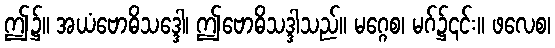
ဤ၌။ အယံဗောဓိသဒ္ဒေါ၊ ဤဗောဓိသဒ္ဒါသည်။ မဂ္ဂေစ၊ မဂ်၌၎င်း။ ဖလေစ၊